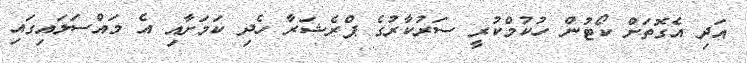
އަދި އެގޮތަށް ކޯޓުން ހުކުމްކުރީ ސަރުކާރުގެ ޕްރެޝަރާ ހެދި ކަމަށާއި އެ މައްސަލައިގައި